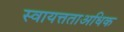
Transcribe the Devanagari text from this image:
स्वायत्तताअधिक